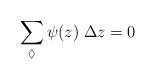
LaTeX: \begin{align*}\sum_{\lozenge}\psi(z)\;\Delta z = 0\end{align*}